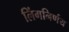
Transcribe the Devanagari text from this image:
लिंगनिर्णय